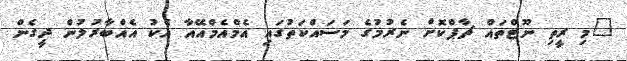
"މި ރީތި ނޫޓްތައް ޗާޕްކޮށް ނެރުމުގެ މަސައްކަތުގައި އެމްއެމްއޭއާ އެކު އެއްބާރުލުން ދީގެން